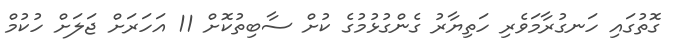
ގޮތުގައި ހަނގުރާމަވެރި ހަތިޔާރު ގެންގުޅުމުގެ ކުށް ސާބިތުކޮށް 11 އަހަރަށް ޖަލަށް ހުކުމް